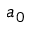
a _ { 0 }